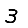
Digit: 3